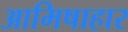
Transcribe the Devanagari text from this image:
आमिषाहार